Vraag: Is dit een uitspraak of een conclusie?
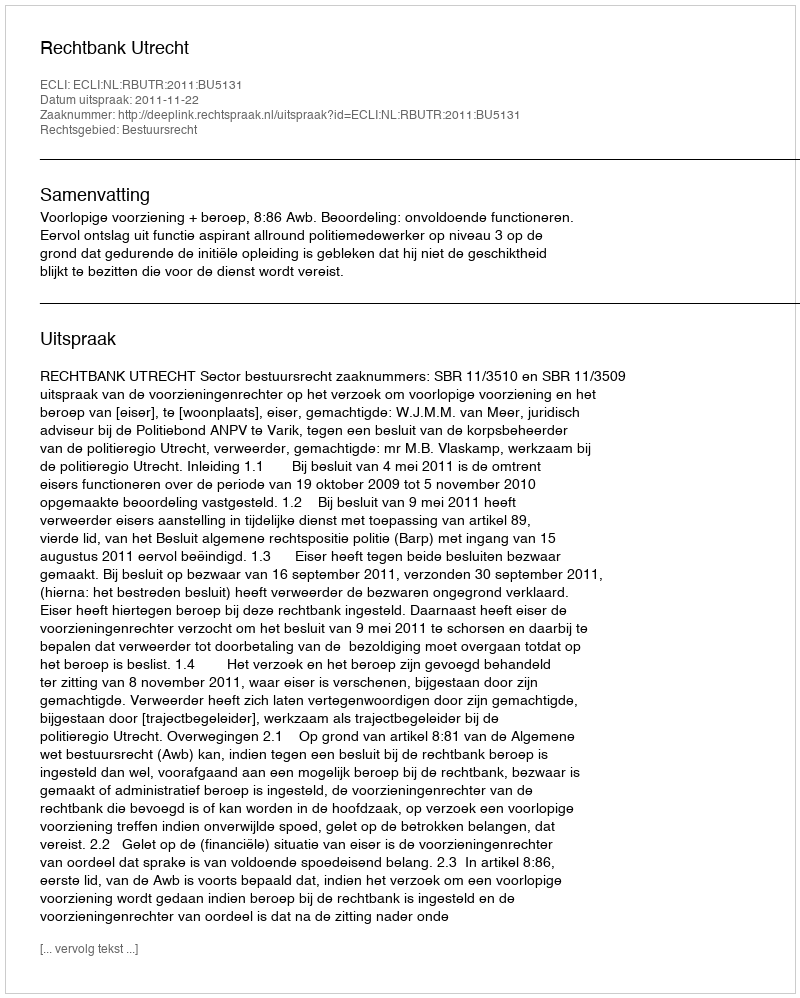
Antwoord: Uitspraak